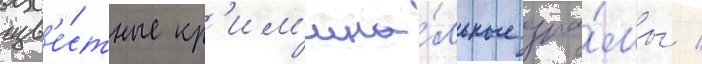
изв'е́стные кр'им'ина́льные дра́мы /